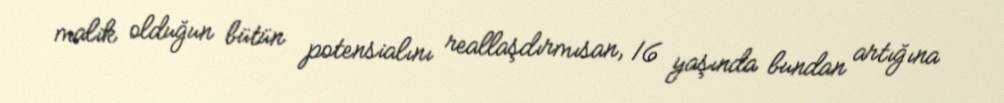
malik olduğun bütün potensialını reallaşdırmısan, 16 yaşında bundan artığına